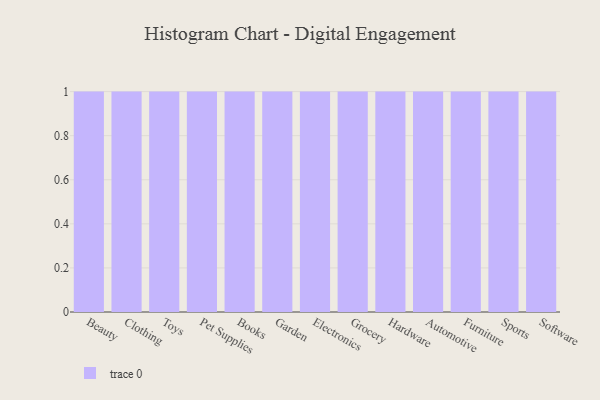
{"axis": {"x": "Category", "y": "Gross Profit (USD K)"}, "legend": [""], "data": [{"x": "Beauty", "y": 35, "type": ""}, {"x": "Clothing", "y": 36, "type": ""}, {"x": "Toys", "y": 86, "type": ""}, {"x": "Pet Supplies", "y": 26, "type": ""}, {"x": "Books", "y": 54, "type": ""}, {"x": "Garden", "y": 78, "type": ""}, {"x": "Electronics", "y": 35, "type": ""}, {"x": "Grocery", "y": 45, "type": ""}, {"x": "Hardware", "y": 22, "type": ""}, {"x": "Automotive", "y": 16, "type": ""}, {"x": "Furniture", "y": 74, "type": ""}, {"x": "Sports", "y": 17, "type": ""}, {"x": "Software", "y": 72, "type": ""}]}